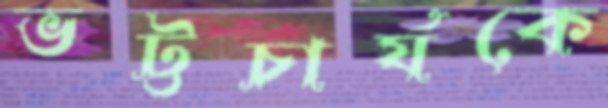
ভট্টচার্যকে